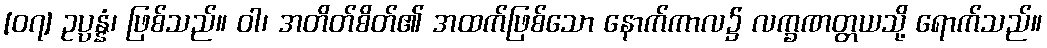
[၀၇] ဥပ္ပန္နံ၊ ဖြစ်သည်။ ဝါ၊ အတိတ်စိတ်၏ အထက်ဖြစ်သော နောက်ကာလ၌ လက္ခဏတ္တယသို့ ရောက်သည်။